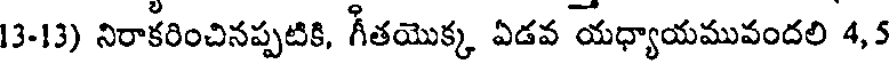
13-13) నిరాకరించినప్పటికి, గీతయొక్క ఏడవ యధ్యాయమువందలి 4,5